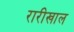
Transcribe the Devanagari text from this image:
रारीखाल